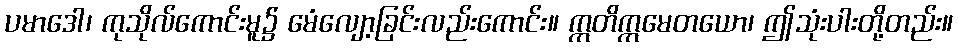
ပမာဒေါ၊ ကုသိုလ်ကောင်းမူ၌ မေံလျော့ခြင်းလည်းကောင်း။ ဣတိဣမေတယော၊ ဤသုံးပါးတို့တည်း။